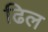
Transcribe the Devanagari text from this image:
ढिल